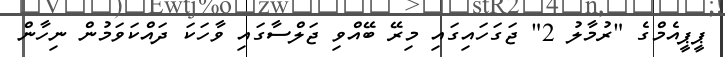
ޕީޕީއެމްގެ "ރުމާލު 2" ޖަގަހައިގައި މިރޭ ބޭއްވި ޖަލްސާގައި ވާހަކަ ދައްކަވަމުން ނިހާން